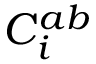
C _ { i } ^ { a b }